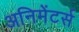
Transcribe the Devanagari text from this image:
अनिमेंटर्स